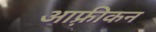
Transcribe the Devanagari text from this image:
आफ़्रीकन